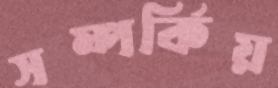
সম্পর্কিয়